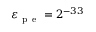
\varepsilon _ { \mathrm { ~ p ~ e ~ } } = 2 ^ { - 3 3 }